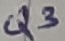
Text: Q3